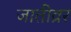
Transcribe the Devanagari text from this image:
जातीव्रर